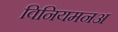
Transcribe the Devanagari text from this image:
विनियमनअ